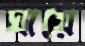
ঘায়ে